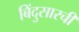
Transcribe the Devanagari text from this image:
बिंदुसारची